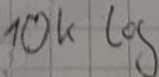
Text: 10k log